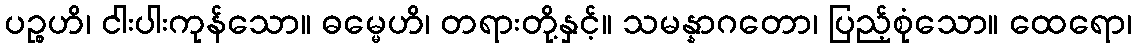
ပဉ္စဟိ၊ ငါးပါးကုန်သော။ ဓမ္မေဟိ၊ တရားတို့နှင့်။ သမန္နာဂတော၊ ပြည့်စုံသော။ ထေရော၊